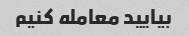
بیایید معامله کنیم